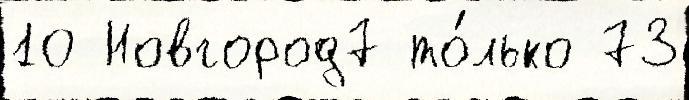
10 Новгород7 то́лько 73